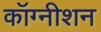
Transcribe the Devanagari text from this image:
कॉग्नीशन